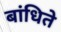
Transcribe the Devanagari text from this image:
बांधिते